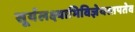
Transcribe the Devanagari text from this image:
सूर्यलक्ष्याभिविज्ञेयस्तपतेव